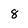
Character: 8